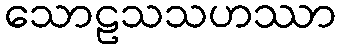
သောဠသသဟဿာ